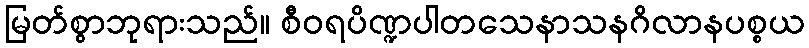
မြတ်စွာဘုရားသည်။ စီဝရပိဏ္ဍပါတသေနာသနဂိလာနပစ္စယ